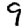
Digit: 9